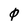
Character: 0